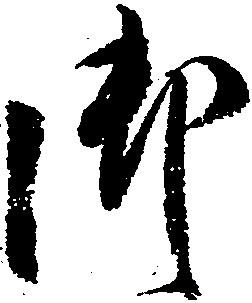
御